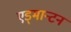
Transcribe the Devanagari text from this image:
एड्मान्टन